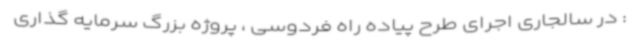
: در سالجاری اجرای طرح پیاده راه فردوسی ، پروژه بزرگ سرمایه گذاری